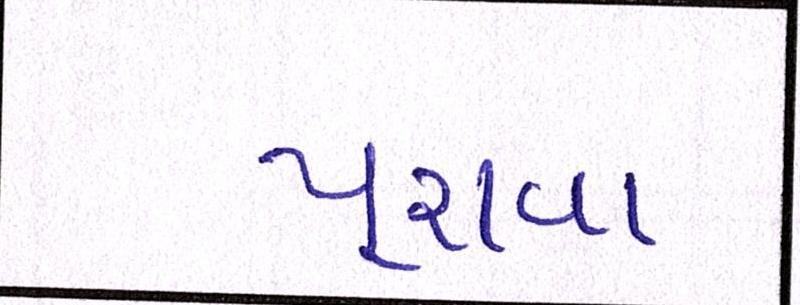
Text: પૂરાવા